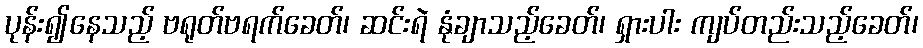
ပုန်း၍နေသည့် ဗရုတ်ဗရက်ခေတ်၊ ဆင်းရဲ နုံချာသည့်ခေတ်၊ ရှားပါး ကျပ်တည်းသည့်ခေတ်၊